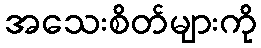
အသေးစိတ်များကို